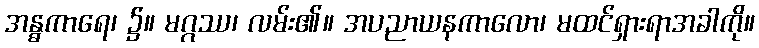
အန္ဓကာရေ၊ ၌။ မဂ္ဂဿ၊ လမ်း၏။ အပညာယနကာလော၊ မထင်ရှားရာအခါကို။